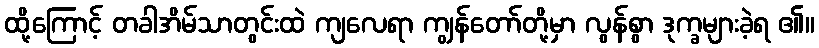
ထို့ကြောင့် တခါအိမ်သာတွင်းထဲ ကျလေရာ ကျွန်တော်တို့မှာ လွန်စွာ ဒုက္ခများခဲ့ရ ၏။